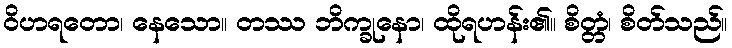
ဝိဟရတော၊ နေသော။ တဿ ဘိက္ခုနော၊ ထိုရဟန်း၏။ စိတ္တံ၊ စိတ်သည်။